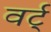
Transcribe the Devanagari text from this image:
वर्ट्